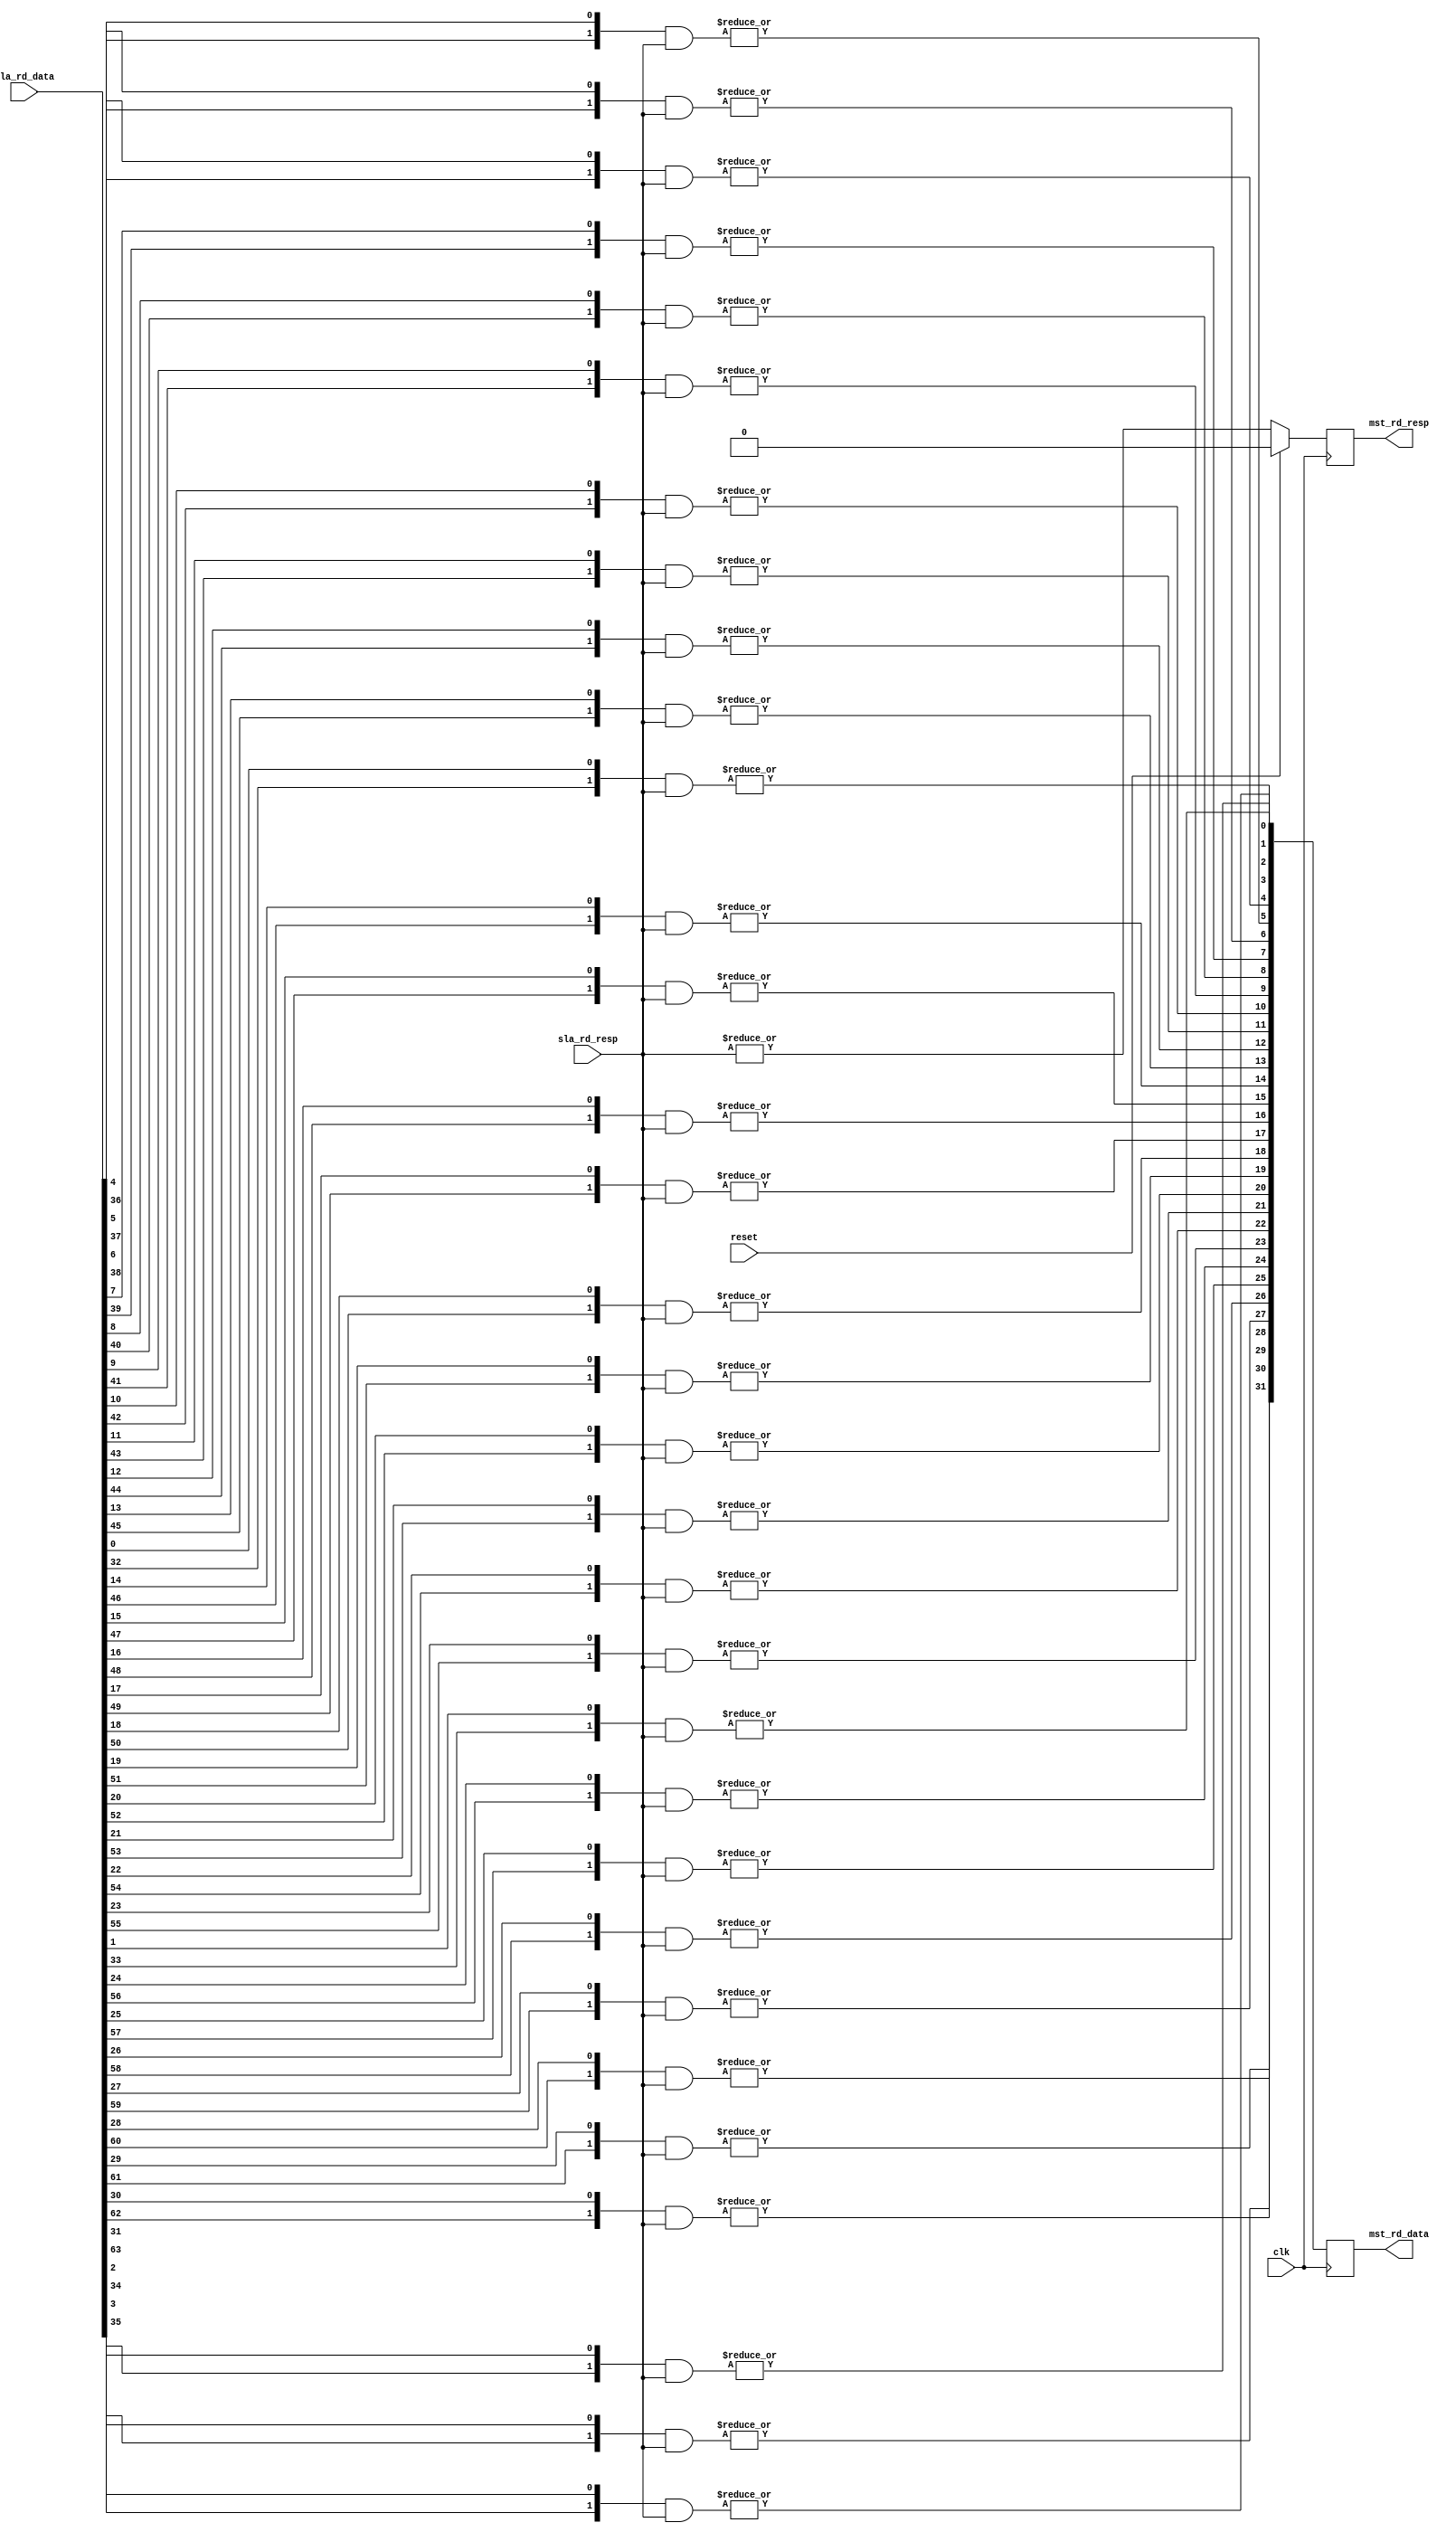
//
// Copyright 2016 Ettus Research
// Copyright 2018 Ettus Research, a National Instruments Company
//
// SPDX-License-Identifier: LGPL-3.0-or-later
//

module regport_resp_mux #(
  parameter WIDTH      = 32,
  parameter NUM_SLAVES = 2
)(
  input                            clk,
  input                            reset,

  input [NUM_SLAVES-1:0]           sla_rd_resp,
  input [(NUM_SLAVES*WIDTH)-1:0]   sla_rd_data,

  output reg                       mst_rd_resp,
  output reg [WIDTH-1:0]           mst_rd_data
);
  // Treat sla_rd_resp as a one-hot bus.
  // If multiple resp lines are asserted at the same time, then
  // it is a violation of the register port protocol

  wire [NUM_SLAVES-1:0] bit_options[0:WIDTH-1];
  wire [WIDTH-1:0]      data_out;

  genvar i, b;
  generate
     for (b = 0; b < WIDTH; b = b + 1) begin
        for (i = 0; i < NUM_SLAVES; i = i + 1) begin
           assign bit_options[b][i] = sla_rd_data[(i*WIDTH)+b];
        end
        assign data_out[b] = |(bit_options[b] & sla_rd_resp);
     end
  endgenerate

  always @(posedge clk) begin
     mst_rd_data <= data_out;
     if (reset)
        mst_rd_resp <= 1'b0;
     else
        mst_rd_resp <= |(sla_rd_resp);
  end

endmodule